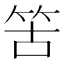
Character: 䇢